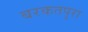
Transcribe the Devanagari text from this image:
बरकतपुरा